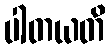
ပါတယတိ